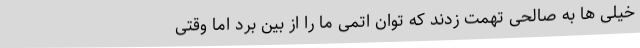
خیلی ها به صالحی تهمت زدند که توان اتمی ما را از بین برد اما وقتی